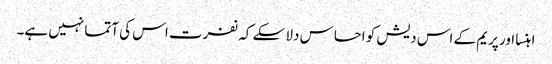
اہنسا اور پریم کے اس دیش کو احساس دلا سکے کہ نفرت اس کی آتما نہیں ہے۔